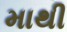
માથી